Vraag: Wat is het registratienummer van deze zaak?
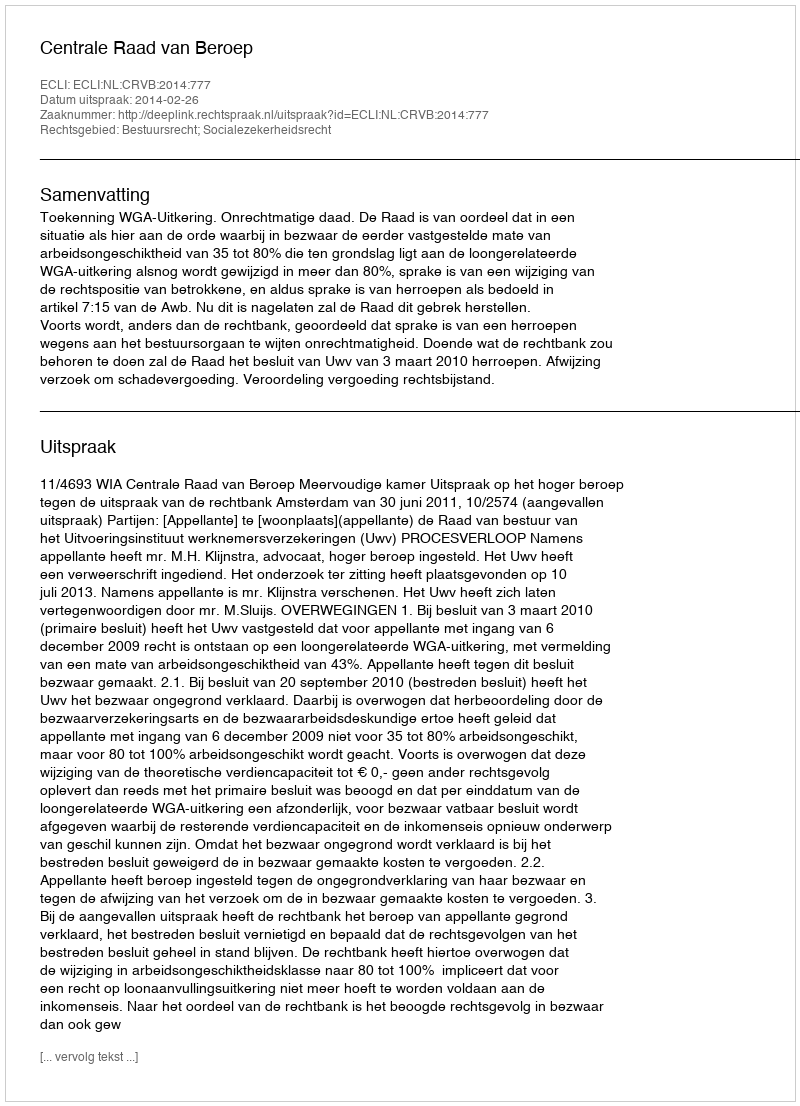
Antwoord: http://deeplink.rechtspraak.nl/uitspraak?id=ECLI:NL:CRVB:2014:777